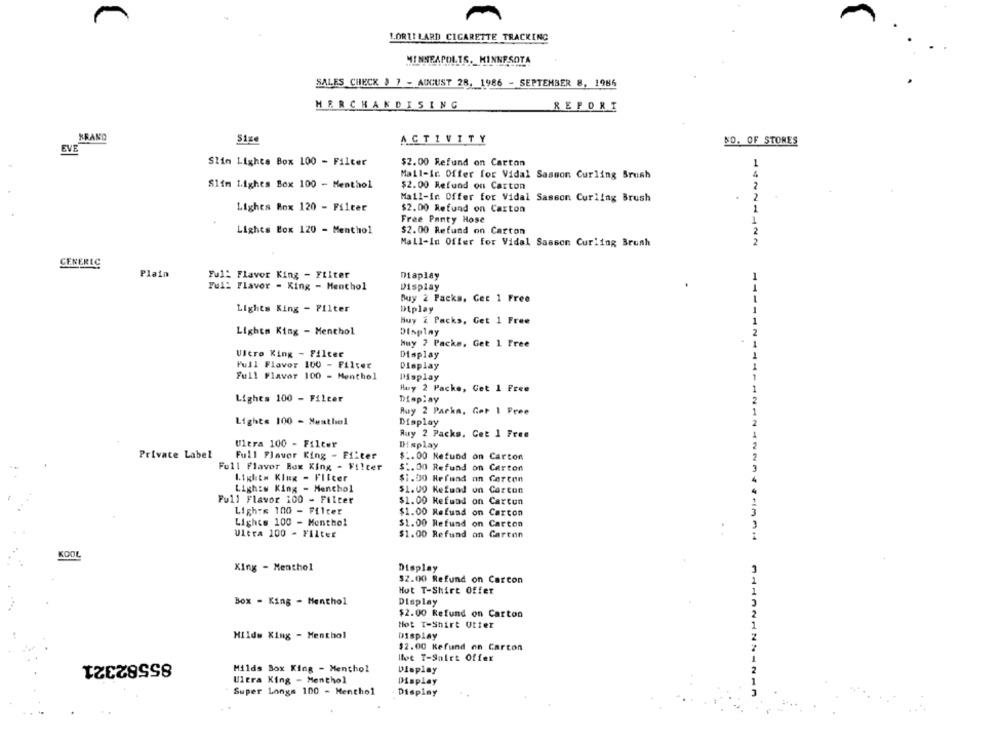
LORTE LARD CIGARETTE TRACKING
MINNEAPOLIS, MINNESOTA
SALES CHECK 3 7 - AUGUST 28, 1986 - SEPTEMBER 8, 1986
MERCHANDISING
REPORT
XBAND
Size
ACTIVITY
NO. OF STORES
EVE
Slim Lights Box 100 - Filter
$2.00 Refund on Carton
-
Mail-ir. Offer for Vidal Sasson Curling Srush
Slim Lighes Box 100 - Menthol
$2.00 Refund on Carton
Mail-in Offer for Vidal Sasson Curling Brush
Lighes Box 120 - Filter
$2.00 Refund on Carton
Free Panty Hose
Lights Box 120 - Menthol
$2.00 Refund on Carton
Mall-In Offer for Vidal Sasson Curling Brush
GENERIC
Plain
Ful: Flavor King - Filter
Diaplay
Full Flavor - King - Menthol
Display
Buy 2 Packs, Get 1 Free
Lights King - Filter
Diplay
Buy 2 Packs, Get 1 Free
Lights King - Menthol
Display
huy 2 Packs, Get 1 Free
Ultro King - Filter
Display
Full Flavor 100 - Filter
Display
Full Flavor 100 - Menthol
MHsplay
Huy 2 Packe, Get 1 Free
Lights 100 - Filter
Display
Ruy 2 Packn, Get 1 Free
Lights 100 - Meathel
Display
Ruy 2 Packs, Get 1 Free
Ultra 100 - Filter
Display
Private Label
Full Flavor King - Filter
$ :. 00 Refund on Carton
Full Flavor Box King - Filter
$1.00 Refund on Carton
Lights Klug - Filter
$1.00 Refund an Cercon
Ligh:w King - Menchol
$1.00 Refund on Corcon
Full Flavor 100 - Filter
$1.00 Kefund on Carton
Ligh:« 100 - Filter
$1.00 Refund on Carcon
Lights 100 - Menthol
$1.00 Refund on Carton
Ultra 100 - Filter
$1.00 Refund an Garcon
KOOL
King - Menthol
Display
$2.00 Refund on Carcon
Hot T-Shirt Offer
Box - King - Menthol
Display
$2.00 Refund on Carton
Hot T-Shirt Utter
Milde King - Menthol
Display
$2.00 Kefund on Carton
85582321
hoe T-Shirt Offer
Hilds Box King - Menthol
Display
Ultra King - Menthol
Display
Super Longs 100 - Menthol
Display